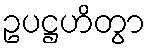
ဥပဋ္ဌဟိတွာ